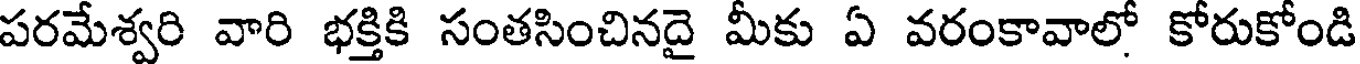
పరమేశ్వరి వారి భక్తికి సంతసించినదై మీకు ఏ వరంకావాలో కోరుకోండి